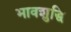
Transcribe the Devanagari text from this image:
भावशुद्धि